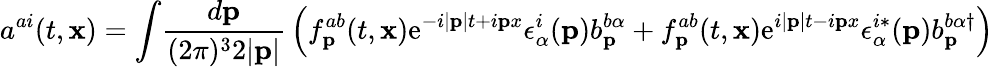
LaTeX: a^{ai}(t,{\mathbf x})=\int\! {\frac{d{\mathbf p}}{(2\pi)^{3}2|{\mathbf p}|}}\left(f_{\mathbf p}^{ab}(t,{\mathbf x})\mathrm{e}^{-i|{\mathbf p}|t+i{\mathbf px}}\epsilon_{\alpha}^{i}({\mathbf p})b_{\mathbf p}^{b\alpha}+f_{\mathbf p}^{ab}(t,{\mathbf x})\mathrm{e}^{i|{\mathbf p}|t-i{\mathbf px}}\epsilon_{\alpha}^{i*}({\mathbf p})b_{\mathbf p}^{b\alpha\dagger}\right)